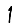
Digit: 1